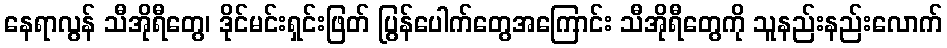
နေရာလွန် သီအိုရီတွေ၊ ဒိုင်မင်းရှင်းဖြတ် ပြွန်ပေါက်တွေအကြောင်း သီအိုရီတွေကို သူနည်းနည်းလောက်